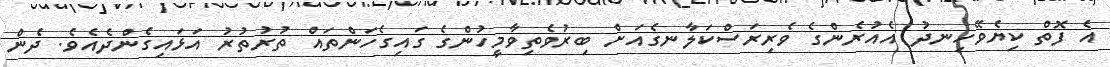
އެ ފޮތް ކިޔެވޭހިނދު އެއުރެންގެ ވެރިރަސްކަލާނގެއަށް ބިރުވެތިވާމީހުންގެ ގައިގެހަންތައް ތުރުތުރު އަޅައިގެންދެއެވެ. ދެން